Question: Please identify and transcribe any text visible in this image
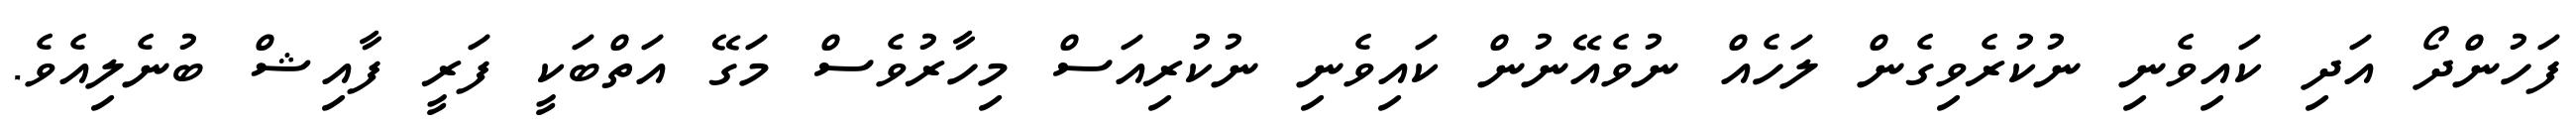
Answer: ފަހުންދޯ އަދި ކައިވެނި ނުކުރެވިގެން ލަހެއް ނުވެއޭނުން ކައިވެނި ނުކުރިއަސް މިހާރުވެސް މަގޭ އަތްބަކީ ފަރީ ފާއިޝް ބުނެލިއެވެ.